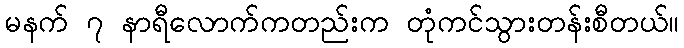
မနက် ၇ နာရီလောက်ကတည်းက တုံကင်သွားတန်းစီတယ်။